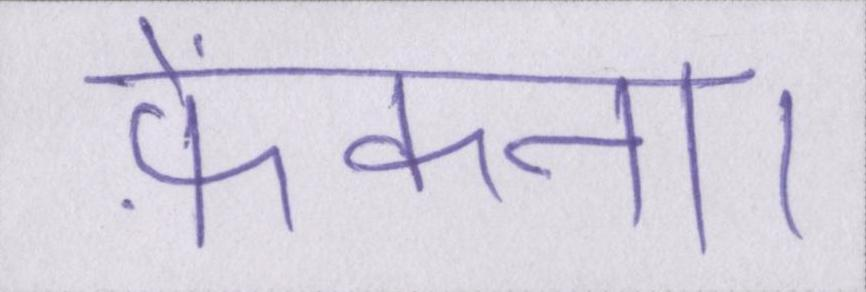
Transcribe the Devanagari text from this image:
फ़ेंकना।